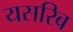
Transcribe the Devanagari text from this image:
यसरिब